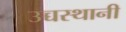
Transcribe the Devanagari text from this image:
उच्चस्थानी